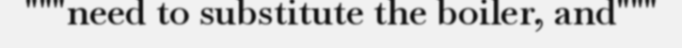
"""need to substitute the boiler, and"""